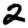
Digit: 2